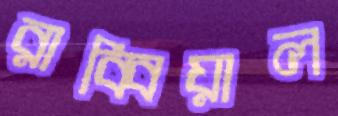
রাব্বিয়াল